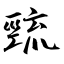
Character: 巰